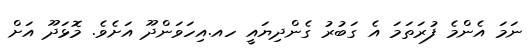
ނަމަ އެންމެ ފުރަތަމަ އެ ގަބުރު ގެންދިޔައީ ހއ.އިހަވަންދޫ އަށެވެ. މޮޅަދޫ އަށް